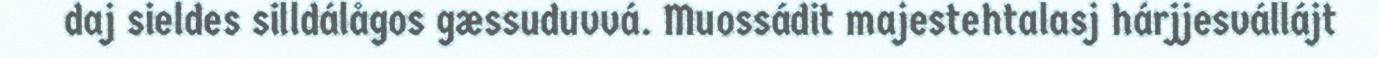
daj sieldes silldálågos gæssuduvvá. Muossádit majestehtalasj hárjjesvállájt